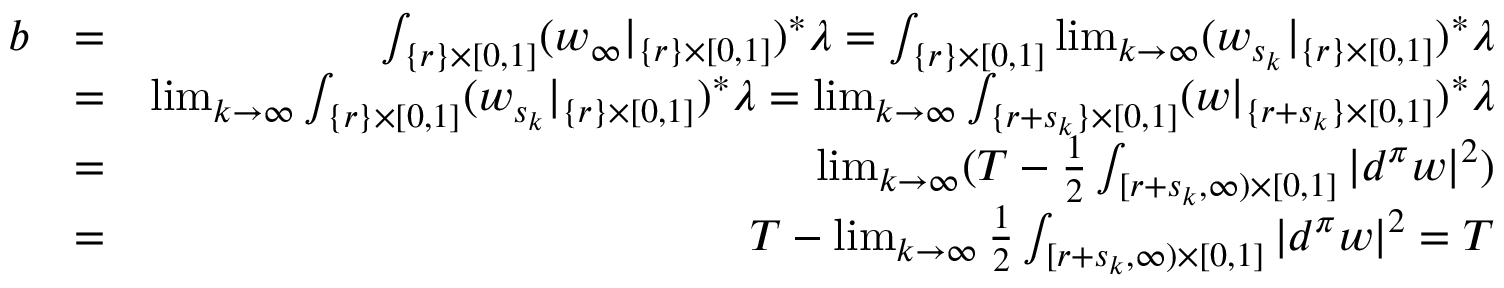
\begin{array} { r l r } { b } & { = } & { \int _ { \{ r \} \times [ 0 , 1 ] } ( w _ { \infty } | _ { \{ r \} \times [ 0 , 1 ] } ) ^ { * } \lambda = \int _ { \{ r \} \times [ 0 , 1 ] } \operatorname* { l i m } _ { k \to \infty } ( w _ { s _ { k } } | _ { \{ r \} \times [ 0 , 1 ] } ) ^ { * } \lambda } \\ & { = } & { \operatorname* { l i m } _ { k \to \infty } \int _ { \{ r \} \times [ 0 , 1 ] } ( w _ { s _ { k } } | _ { \{ r \} \times [ 0 , 1 ] } ) ^ { * } \lambda = \operatorname* { l i m } _ { k \to \infty } \int _ { \{ r + s _ { k } \} \times [ 0 , 1 ] } ( w | _ { \{ r + s _ { k } \} \times [ 0 , 1 ] } ) ^ { * } \lambda } \\ & { = } & { \operatorname* { l i m } _ { k \to \infty } ( T - \frac { 1 } { 2 } \int _ { [ r + s _ { k } , \infty ) \times [ 0 , 1 ] } | d ^ { \pi } w | ^ { 2 } ) } \\ & { = } & { T - \operatorname* { l i m } _ { k \to \infty } \frac { 1 } { 2 } \int _ { [ r + s _ { k } , \infty ) \times [ 0 , 1 ] } | d ^ { \pi } w | ^ { 2 } = T } \end{array}